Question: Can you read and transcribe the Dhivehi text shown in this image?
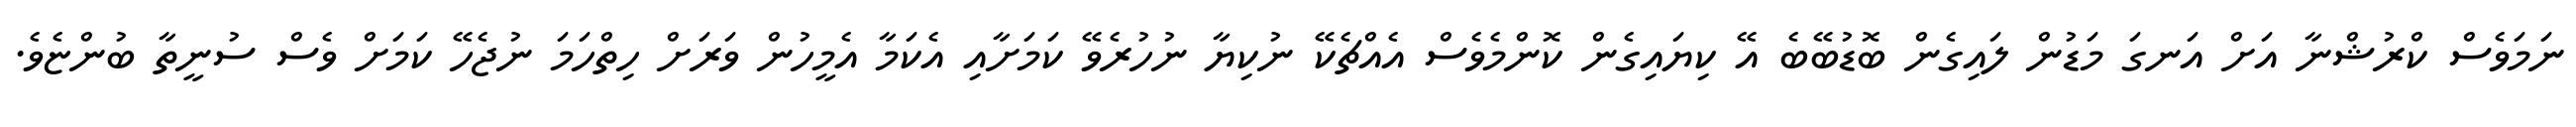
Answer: ނަމަވެސް ކްރުޝްނާ އަށް އަނގަ މަޑުން ލައިގެން ބޮޑުބޭބެ އޭ ކިޔައިގެން ކޮންމެވެސް އެއްޗެކޭ ނުކިޔާ ނުހުރެވޭ ކަމަށާއި އެކަމާ އެމީހުން ވަރަށް ހިތްހަމަ ނުޖެހޭ ކަމަށް ވެސް ސުނީތާ ބުންޏެވެ.